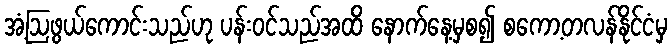
အံ့ဩဖွယ်ကောင်းသည်ဟု ပန်းဝင်သည်အထိ နောက်နေ့မှစ၍ စကော့တလန်နိုင်ငံမှ